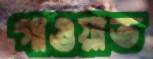
গাওয়াত